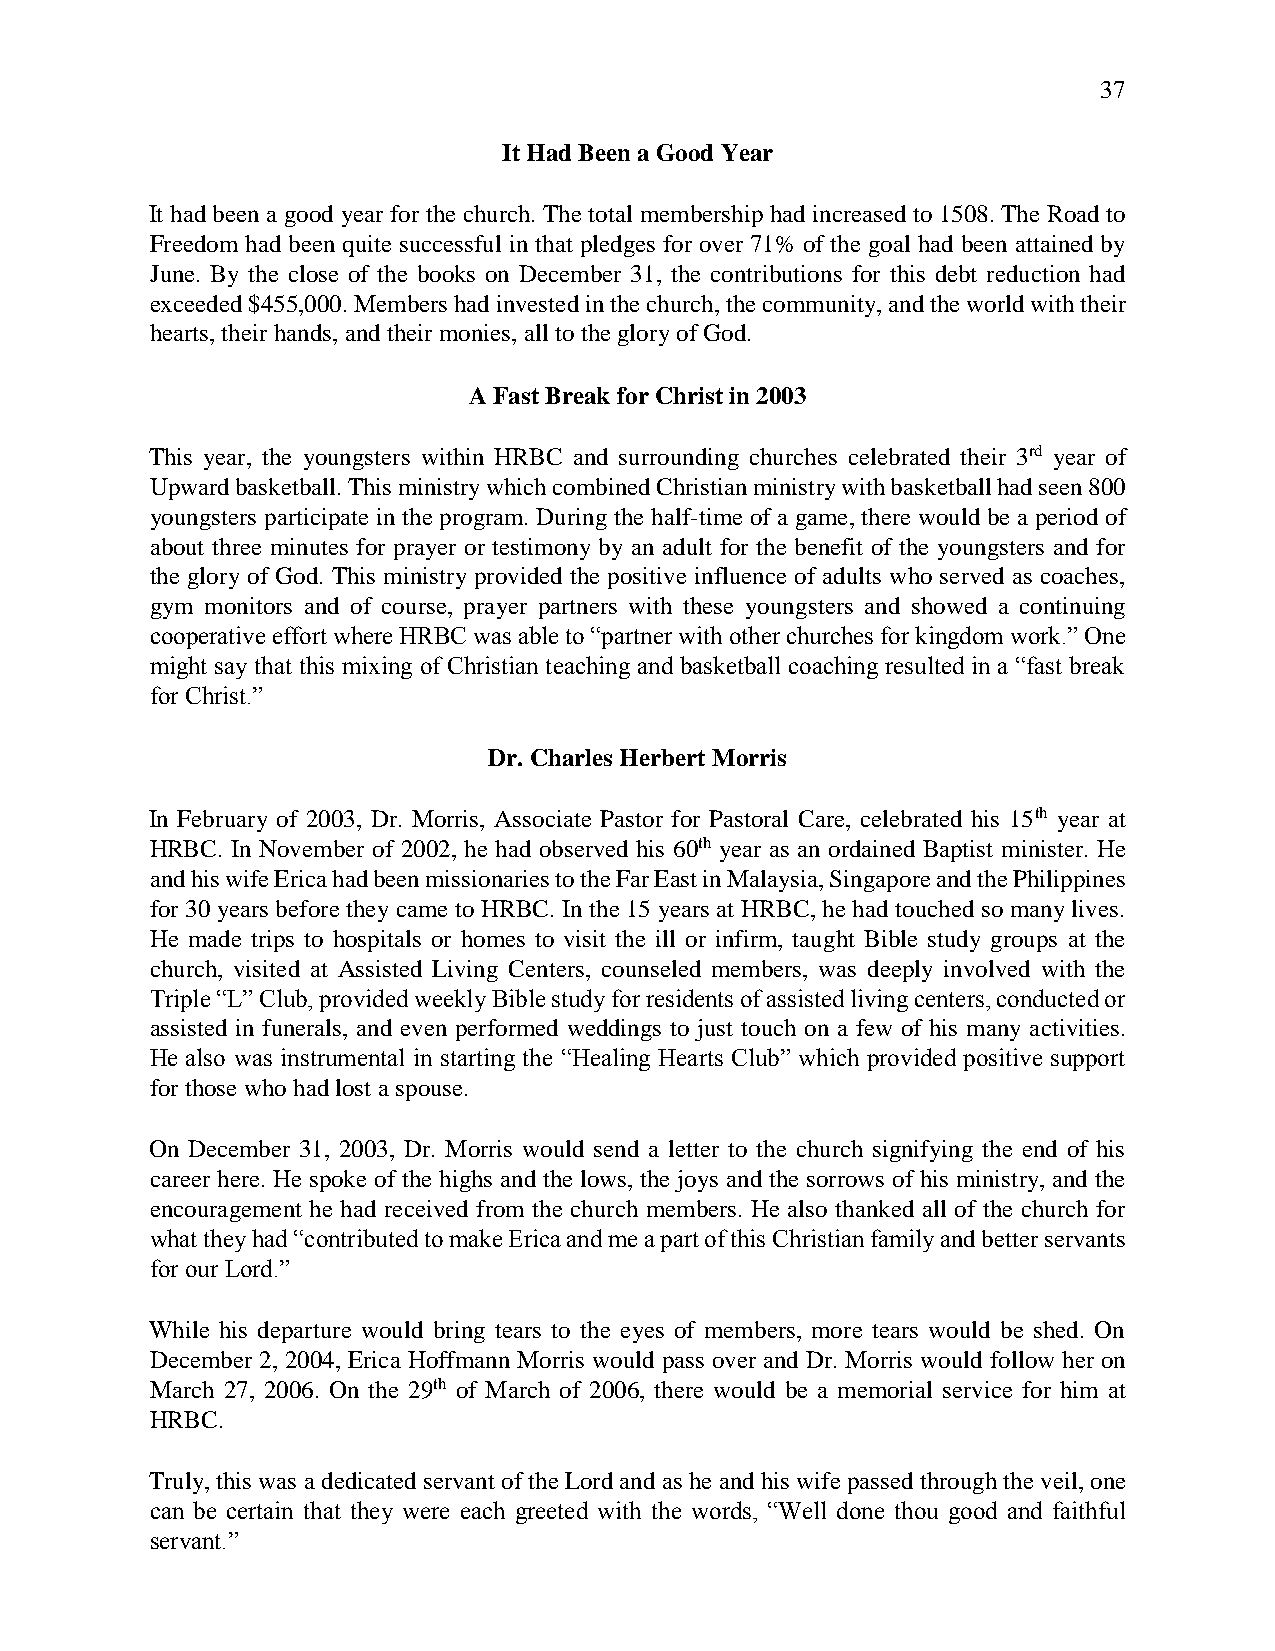
37
 It Had Been a Good Year
 It had been a good year for the church. The total membership had increased to 1508. The Road to
 Freedom had been quite successful in that pledges for over 71% of the goal had been attained by
 June. By the close of the books on December 31, the contributions for this debt reduction had
 exceeded $455,000. Members had invested in the church, the community, and the world with their
 hearts, their hands, and their monies, all to the glory of God.
 A Fast Break for Christ in 2003
 This year, the youngsters within HRBC and surrounding churches celebrated their 3rd year of
 Upward basketball. This ministry which combined Christian ministry with basketball had seen 800
 youngsters participate in the program. During the half-time of a game, there would be a period of
 about three minutes for prayer or testimony by an adult for the benefit of the youngsters and for
 the glory of God. This ministry provided the positive influence of adults who served as coaches,
 gym monitors and of course, prayer partners with these youngsters and showed a continuing
 cooperative effort where HRBC was able to “partner with other churches for kingdom work.” One
 might say that this mixing of Christian teaching and basketball coaching resulted in a “fast break
 for Christ.”
 Dr. Charles Herbert Morris
 In February of 2003, Dr. Morris, Associate Pastor for Pastoral Care, celebrated his 15th year at
 HRBC. In November of 2002, he had observed his 60th year as an ordained Baptist minister. He
 and his wife Erica had been missionaries to the Far East in Malaysia, Singapore and the Philippines
 for 30 years before they came to HRBC. In the 15 years at HRBC, he had touched so many lives.
 He made trips to hospitals or homes to visit the ill or infirm, taught Bible study groups at the
 church, visited at Assisted Living Centers, counseled members, was deeply involved with the
 Triple “L” Club, provided weekly Bible study for residents of assisted living centers, conducted or
 assisted in funerals, and even performed weddings to just touch on a few of his many activities.
 He also was instrumental in starting the “Healing Hearts Club” which provided positive support
 for those who had lost a spouse.
 On December 31, 2003, Dr. Morris would send a letter to the church signifying the end of his
 career here. He spoke of the highs and the lows, the joys and the sorrows of his ministry, and the
 encouragement he had received from the church members. He also thanked all of the church for
 what they had “contributed to make Erica and me a part of this Christian family and better servants
 for our Lord.”
 While his departure would bring tears to the eyes of members, more tears would be shed. On
 December 2, 2004, Erica Hoffmann Morris would pass over and Dr. Morris would follow her on
 March 27, 2006. On the 29th of March of 2006, there would be a memorial service for him at
 HRBC.
 Truly, this was a dedicated servant of the Lord and as he and his wife passed through the veil, one
 can be certain that they were each greeted with the words, “Well done thou good and faithful
 servant.”